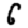
Digit: 6